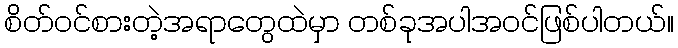
စိတ်ဝင်စားတဲ့အရာတွေထဲမှာ တစ်ခုအပါအဝင်ဖြစ်ပါတယ်။